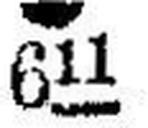
● 611